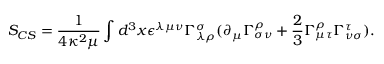
S _ { C S } = \frac { 1 } { 4 \kappa ^ { 2 } \mu } \int d ^ { 3 } x \epsilon ^ { \lambda \mu \nu } \Gamma _ { \lambda \rho } ^ { \sigma } ( \partial _ { \mu } \Gamma _ { \sigma \nu } ^ { \rho } + \frac { 2 } { 3 } \Gamma _ { \mu \tau } ^ { \rho } \Gamma _ { \nu \sigma } ^ { \tau } ) .